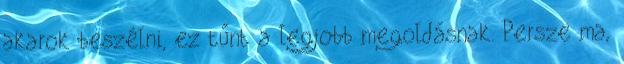
akarok beszélni, ez tűnt a legjobb megoldásnak. Persze ma,